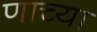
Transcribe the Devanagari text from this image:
णाच्या